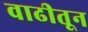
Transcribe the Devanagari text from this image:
वाढीतून